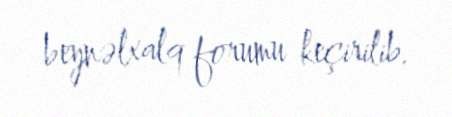
beynəlxalq forumu keçirilib.